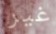
غير